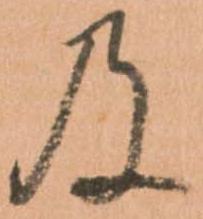
及